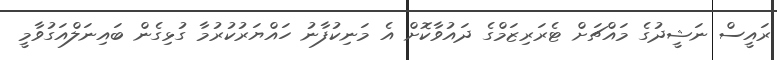
ރައީސް ނަޝީދުގެ މައްޗަށް ޓެރަރިޒަމްގެ ދައުވާކޮށް އެ މަނިކުފާނު ހައްޔަރުކުރުމާ ގުޅިގެން ބައިނަލްއަގުވާމީ